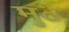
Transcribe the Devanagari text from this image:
मुं०